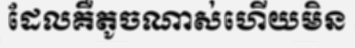
ដែលគឺតូចណាស់ហើយមិន